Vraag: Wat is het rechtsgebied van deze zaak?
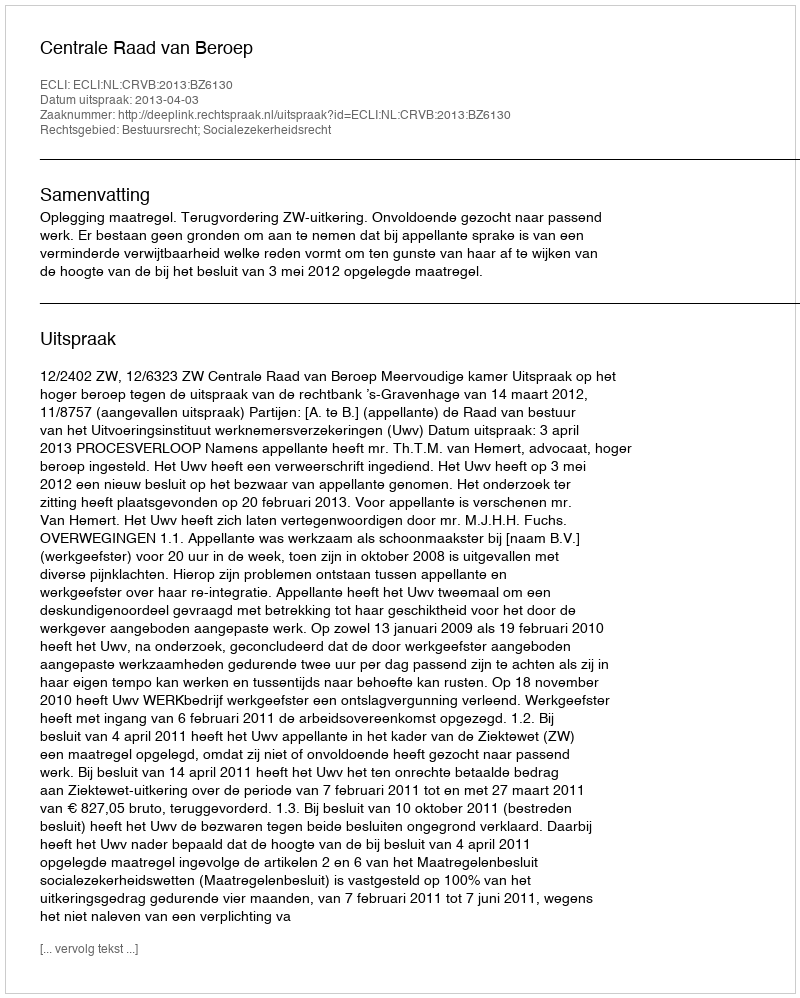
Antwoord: Bestuursrecht; Socialezekerheidsrecht